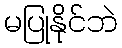
မပြုနိုင်ဘဲ